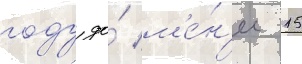
году до́ м'е́н'ее 15